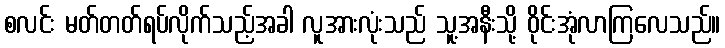
စလင်း မတ်တတ်ရပ်လိုက်သည့်အခါ လူအားလုံးသည် သူ့အနီးသို့ ဝိုင်းအုံလာကြလေသည်။